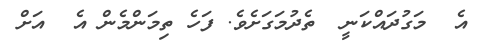
އެ  މަގުދައްކަނީ  ތެދުމަގަށެވެ. ފަހެ ތިމަންމެން އެ  އަށް